Burma Government Medical School reports 1923-41
Year: 1923
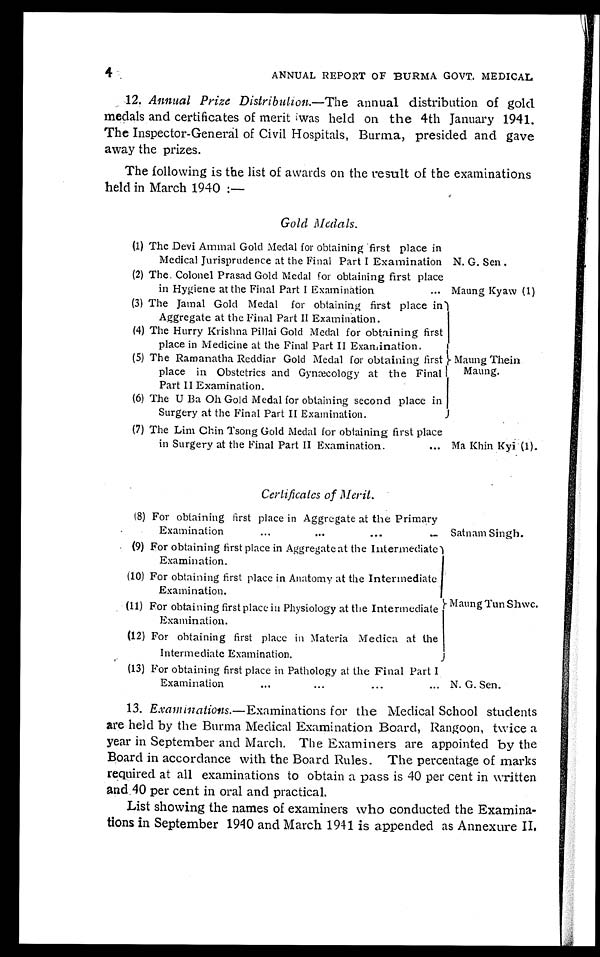
4
ANNUAL REPORT OF BURMA GOVT. MEDICAL
12. Annual Prize Distribution.—The annual distribution of gold
medals and certificates of merit was held on the 4th January 1941.
The Inspector-General of Civil Hospitals, Burma, presided and gave
away the prizes.
The following is the list of awards on the result of the examinations
held in March 1940 :—
Gold Medals.
(1) The Devi Ammal Gold Medal for obtaining first place in
Medical Jurisprudence at the Final Part I Examination N. G. Sen.
(2) The Colonel Prasad Gold Medal for obtaining first place
in Hygiene at the Final Part I Examination . . . Maung Kyaw (1)
(3) The Jamal Gold Medal for obtaining first place in
Aggregate at the Final Part II Examination.
Maung Thein
Maung.
(4) The Hurry Krishna Pillai Gold Medal for obtaining first
place in Medicine at the Final Part II Examination.
(5) The Ramanatha Reddiar Gold Medal for obtaining first
place in Obstetrics and Gynæcology at the Final
Part II Examination.
(6) The U Ba Oh Gold Medal for obtaining second place in
Surgery at the Final Part II Examination.
(7) The Lim Chin Tsong Gold Medal for obtaining first place
in Surgery at the Final Part II Examination. . . . Ma Khin Kyi (1).
Certificates of Merit.
(8) For obtaining first place in Aggregate at the Primary
Examination . . . Satnam Singh.
(9) For obtaining first place in Aggregate at the Intermediate
Examination.
Maung Ton Shwe.
(10) For obtaining first place in Anatomy at the Intermediate
Examination.
(11) For obtaining first place in Physiology at the Intermediate
Examination.
(12) For obtaining first place in Materia Medica at the
Intermediate Examination.
(13) For obtaining first place in Pathology at the Final Part I
Examination . . . N. G. Sen.
13. Examinations .—Examinations for the Medical School students
are held by the Burma Medical Examination Board, Rangoon, twice a
year in September and March. The Examiners are appointed by the
Board in accordance with the Board Rules. The percentage of marks
required at all examinations to obtain a pass is 40 per cent in written
and 40 per cent in oral and practical.
List showing the names of examiners who conducted the Examina-
tions in September 1940 and March 1941 is appended as Annexure II.